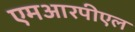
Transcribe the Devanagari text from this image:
एमआरपीएल